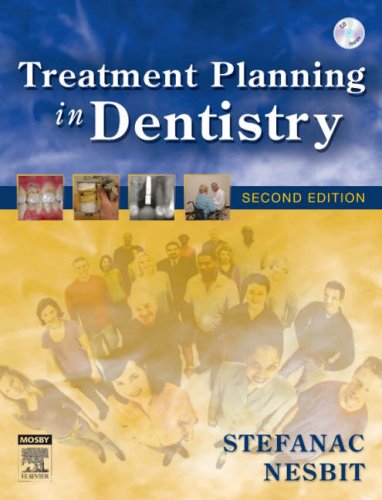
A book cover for Treatment Planning in Dentistry, 2e; Stephen J. Stefanac DDS  MS; Medical Books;